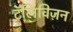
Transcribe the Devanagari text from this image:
टॅलिविज़न